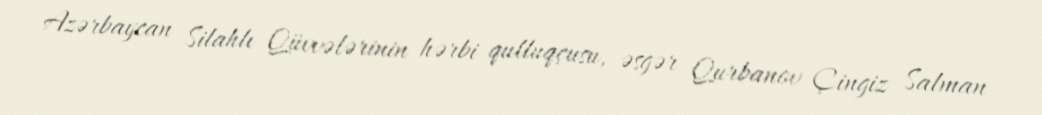
Azərbaycan Silahlı Qüvvələrinin hərbi qulluqçusu, əsgər Qurbanov Çingiz Salman